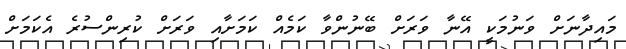
މައިދާނަށް ވަނުމަކީ އޭނާ ވަރަށް ބޭނުންވާ ކަމެއް ކަމަށާއި ވަރަށް ކުރިންސުރެ އެކަމަށް